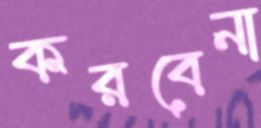
করবেনা